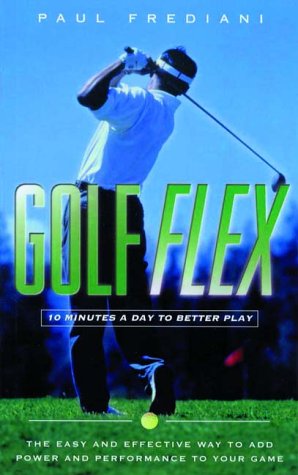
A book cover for Golf-Flex: 10 Minutes a Day to Better Play; Paul Frediani; Health, Fitness & Dieting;